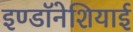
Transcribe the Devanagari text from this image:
इण्डॉनेशियाई